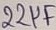
Text: 22µF